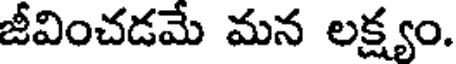
జీవించడమే మన లక్ష్యం.